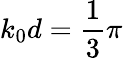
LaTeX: k_{0}d=\frac 13\pi